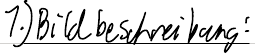
1.) Bildbeschreibung: